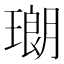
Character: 𤨡